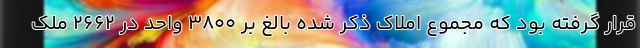
قرار گرفته بود که مجموع املاک ذکر شده بالغ بر ۳۸۰۰ واحد در ۲۶۶۲ ملک